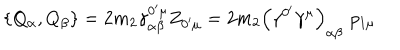
LaTeX: \left\{ Q _ { \alpha } , Q _ { \beta } \right\} = 2 m _ { 2 } \gamma _ { \alpha \beta } ^ { 0 ^ { \prime } \mu } Z _ { 0 ^ { \prime } \mu } = 2 m _ { 2 } \left( \gamma ^ { 0 ^ { \prime } } \gamma ^ { \mu } \right) _ { \alpha \beta } \, \, p _ { 1 \mu }